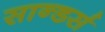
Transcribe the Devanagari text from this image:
सान्डर्स